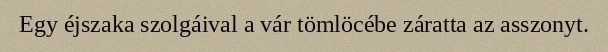
Egy éjszaka szolgáival a vár tömlöcébe záratta az asszonyt.